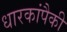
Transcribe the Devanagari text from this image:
धारकांपैकी